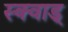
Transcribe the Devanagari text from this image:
स्क्वाड्